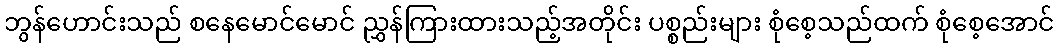
ဘွန်ဟောင်းသည် စနေမောင်မောင် ညွှန်ကြားထားသည့်အတိုင်း ပစ္စည်းများ စုံစေ့သည်ထက် စုံစေ့အောင်